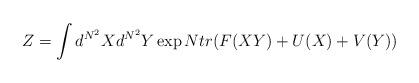
LaTeX: \begin{align*}Z=\int d^{N^2}X d^{N^2}Y \exp N tr( F(XY) + U(X) +V(Y) )\end{align*}